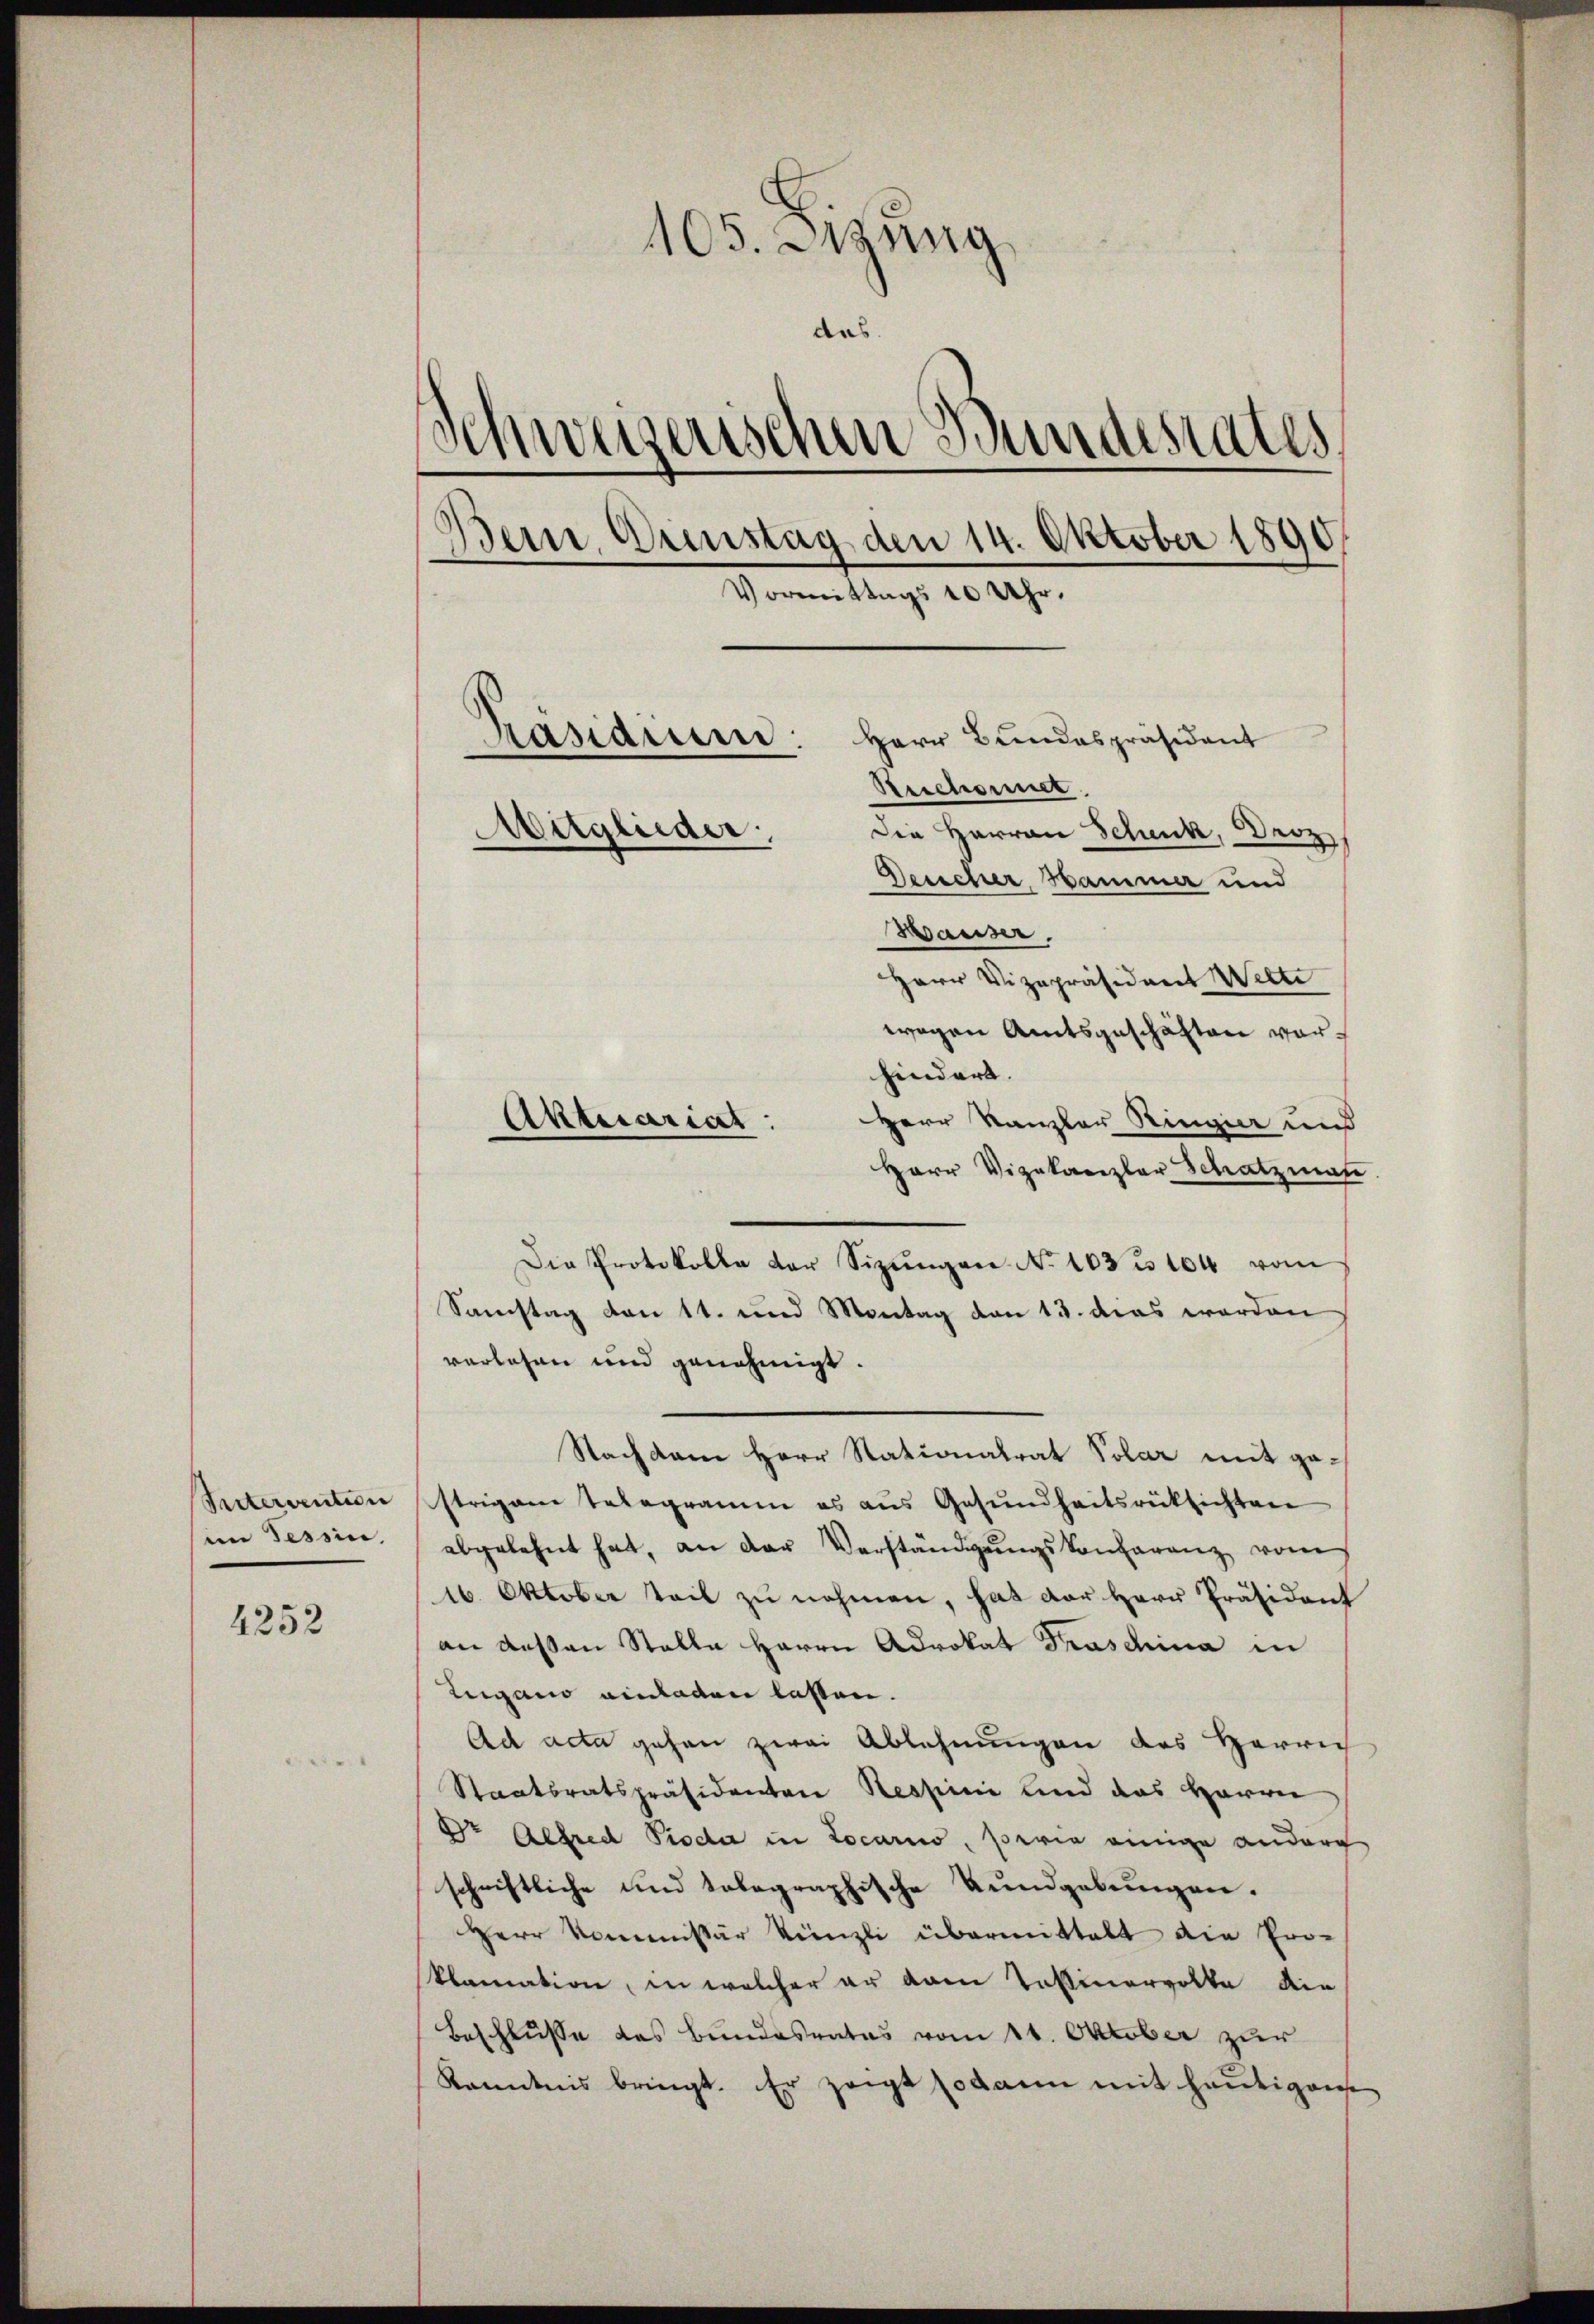
Seitervention
im Tessin,
4252

105. Jung
das.
Schweizerischen Bundestates
Bern, Arenstag den 14. Oktober 1890
Vormittags 10 Uhr.
Herr Bundespräsident
Pasiarum:
Reichnet.
Mitglieder.
Die Herren Schenk, Droz
Deucher Hammer und

Waiser.
Herr Vizepräsident Wilte
wegen Amtsgeschäften vorhindert.
Herr Kanzler Ringin und
Herr Vizekanzler Schatzman
Die Protokolle der Sizungen No 1033 104 vom
Samstag von 11. und Montag von 13. das worden
verlesen und genehmigt.
Nachdem Herr Stationalrat Polar mit gestrigane telegramm es aŭs Gesŭndheitsrücksichten
abgelehnt hat, an der Verständigŭngskonferenz vom
16. Oktober teil zu nehmen, hat der Herr Präsident
an deßen Stalle Herrn Advokat Traschina in
Lugano einlagen lassen.
Ad acta gehen zwei Ablehnungen des Herrn
Staatsratspräsidenten Respini und das Herren
Dr Alfred Pioda in Locarno, sowie einige anderg
schriftliche und tolographische Bundgebungen.
Herr Kommissär Künzli übermittalt die Pro-
klamation, in welcher er dem Testinervolke die
Beschlusse des Bundesrates vom 11. Oktober zur
Kenntnis bringt. Er zeigt sodann mit heutigense

Aktuariat